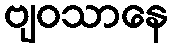
ဗျဝသာနေ